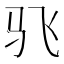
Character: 𮹂